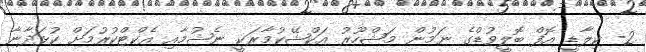
2- ކިލާޑީ އޮފް ބޮލީވުޑްގެ ނަމުން މަޝްހޫރު އަކްޝޭކުމާރަކީ ނެޝުމާއި އެކްޓްކުރުމަށް ކުޅަދާނާ